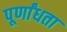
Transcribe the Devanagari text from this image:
पूर्णांधता